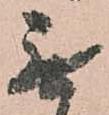
無